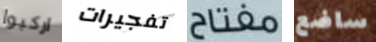
اركبوا تفجيرات مفتاح ساضع